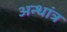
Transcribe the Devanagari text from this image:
अन्धांत्र